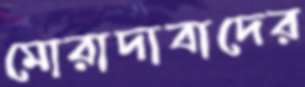
মোরাদাবাদের